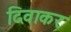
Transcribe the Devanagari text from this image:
दिवाकरः